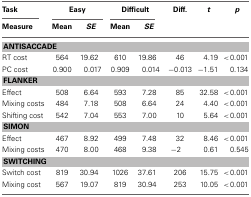
<table><thead><tr><td><b>Task</b></td><td colspan="2"><b>Easy</b></td><td colspan="2"><b>Difficult</b></td><td><b>Diff.</b></td><td><b><i>t</i></b></td><td><b><i>p</i></b></td></tr><tr><td><b>Measure</b></td><td><b>Mean</b></td><td><b><i>SE</i></b></td><td><b>Mean</b></td><td><b><i>SE</i></b></td><td></td><td></td><td></td></tr></thead><tbody><tr><td colspan="8"><b>ANTISACCADE</b></td></tr><tr><td>RT cost</td><td>564</td><td>19.62</td><td>610</td><td>19.86</td><td>46</td><td>4.19</td><td>&lt;0.001</td></tr><tr><td>PC cost</td><td>0.900</td><td>0.017</td><td>0.909</td><td>0.014</td><td>−0.013</td><td>−1.51</td><td>0.134</td></tr><tr><td colspan="8"><b>FLANKER</b></td></tr><tr><td>Effect</td><td>508</td><td>6.64</td><td>593</td><td>7.28</td><td>85</td><td>32.58</td><td>&lt;0.001</td></tr><tr><td>Mixing costs</td><td>484</td><td>7.18</td><td>508</td><td>6.64</td><td>24</td><td>4.40</td><td>&lt;0.001</td></tr><tr><td>Shifting cost</td><td>542</td><td>7.04</td><td>553</td><td>7.00</td><td>10</td><td>5.64</td><td>&lt;0.001</td></tr><tr><td colspan="8"><b>SIMON</b></td></tr><tr><td>Effect</td><td>467</td><td>8.92</td><td>499</td><td>7.48</td><td>32</td><td>8.46</td><td>&lt;0.001</td></tr><tr><td>Mixing costs</td><td>470</td><td>8.00</td><td>468</td><td>9.38</td><td>−2</td><td>0.61</td><td>0.545</td></tr><tr><td colspan="8"><b>SWITCHING</b></td></tr><tr><td>Switch cost</td><td>819</td><td>30.94</td><td>1026</td><td>37.61</td><td>206</td><td>15.75</td><td>&lt;0.001</td></tr><tr><td>Mixing cost</td><td>567</td><td>19.07</td><td>819</td><td>30.94</td><td>253</td><td>10.05</td><td>&lt;0.001</td></tr></tbody></table>